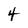
Character: 4